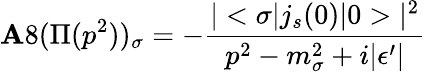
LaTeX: \mathbf{A}8(\Pi(p^{2}))_{\sigma}=-\frac{{|<\sigma|j_{s}(0)|0>|^{2}}}{{p^{2}-m_{\sigma}^{2}+i|\epsilon^{\prime}|}}